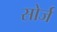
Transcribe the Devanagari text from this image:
सोर्ज